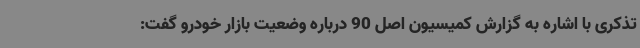
تذکری با اشاره به گزارش کمیسیون اصل 90 درباره وضعیت بازار خودرو گفت: